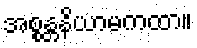
အစ္စန္တနိယာမကထာ။